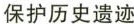
保护历史遗迹